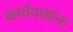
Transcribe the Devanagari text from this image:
कार्यवाहांना